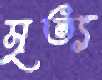
মৃত্য